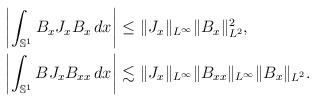
LaTeX: \begin{align*}\left| \int_{\mathbb S^1} B_xJ_{x}B_x\, dx\right|\leq&\ \|J_x\|_{L^\infty} \|B_x\|^2_{L^2},\\\left| \int_{\mathbb S^1} BJ_xB_{xx}\, dx\right|\lesssim &\ \|J_x\|_{L^\infty} \|B_{xx}\|_{L^\infty} \|B_x\|_{L^2}.\end{align*}